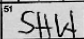
Transcription: SHW